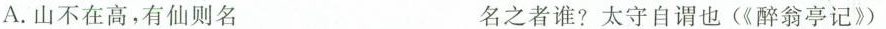
A.山不在高，有仙则名 名之者谁?太守自谓也(《醉翁亭记》)